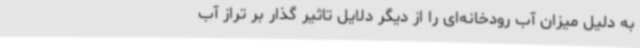
به دلیل میزان آب رودخانه‌ای را از دیگر دلایل تاثیر گذار بر تراز آب